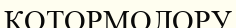
КОТОРМОЛОРУ